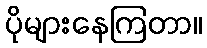
ပိုများနေကြတာ။